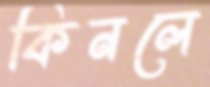
কিনলে